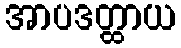
အာပဒတ္ထာယ